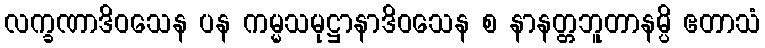
လက္ခဏာဒိဝသေန ပန ကမ္မသမုဋ္ဌာနာဒိဝသေန စ နာနတ္တဘူတာနမ္ပိ ဧတာသံ